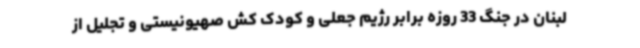
لبنان در جنگ 33 روزه برابر رژیم جعلی و کودک کش صهیونیستی و تجلیل از